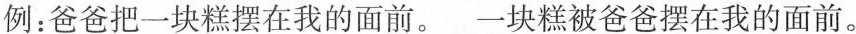
例：爸爸把一块糕摆在我的面前。\underline{一块糕被爸爸摆在我的面前。}